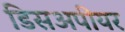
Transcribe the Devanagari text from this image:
डिसअपीयर